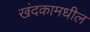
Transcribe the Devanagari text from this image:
खंदकामधील